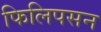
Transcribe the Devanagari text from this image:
फिलिपसन